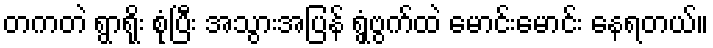
တကတဲ ရွာရိုး စုံပြီး အသွားအပြန် ရွှံ့ဗွက်ထဲ မောင်းမောင်း နေရတယ်။